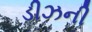
ડીઝની